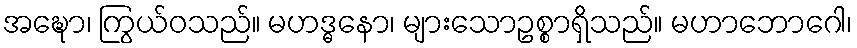
အဍ္ဎော၊ ကြွယ်ဝသည်။ မဟဒ္ဓနော၊ များသောဥစ္စာရှိသည်။ မဟာဘောဂေါ၊